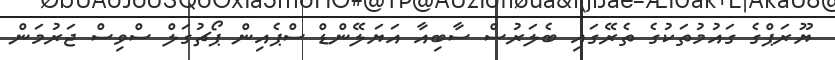
ޔޫރަޕްގެ ގައުމުތަކުގެ ތެރޭގައި ބެލަރުސް ސާބިއާ އަޔަލޭންޑް ސްޕެއިން ޕޯޗުގަލް ސްވިސް ޖަރުމަން